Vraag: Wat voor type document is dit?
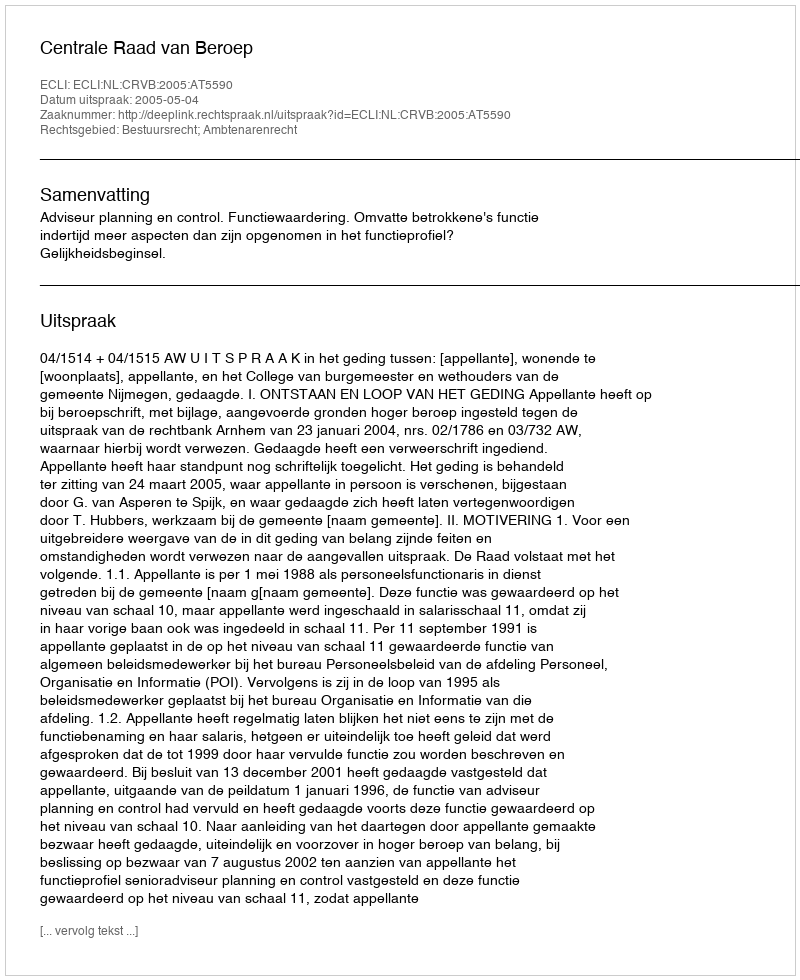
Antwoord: Uitspraak